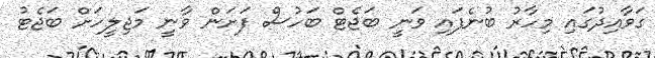
ގަވާއިދުގައި މިހާރު ބުނެފައި ވަނީ ބަޖެޓް ބަހުސް ފަށަން ވާނީ މަޖިލީހަށް ބަޖެޓު